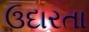
ઉદારતા